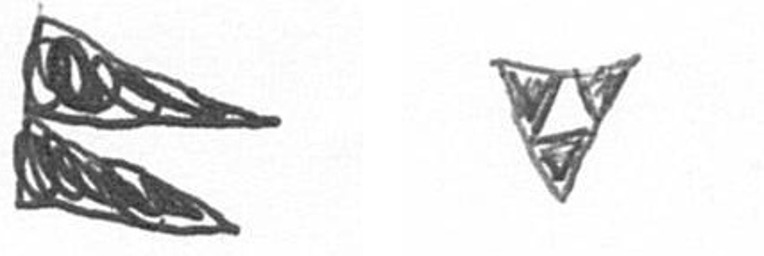
P S